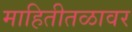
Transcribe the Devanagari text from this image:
माहितीतळावर